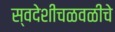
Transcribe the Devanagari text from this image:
स्वदेशीचळवळीचे